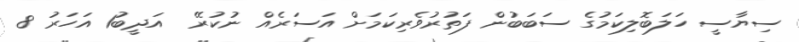
ސިޔާސީ ހަލަބޮލިކަމުގެ ސަބަބުން ފަތުރުވެރިކަމަށް އަސަރެއް ނުކުރޭ  އަދީބު1 އަހަރު 8